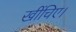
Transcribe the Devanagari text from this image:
खींचिए।